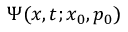
\Psi ( x , t ; x _ { 0 } , p _ { 0 } )